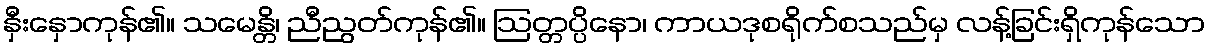
နှီးနှောကုန်၏။ သမေန္တိ၊ ညီညွတ်ကုန်၏။ ဩတ္တပ္ပိနော၊ ကာယဒုစရိုက်စသည်မှ လန့်ခြင်းရှိကုန်သော